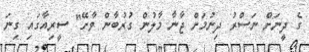
ގެ ދީނަށް ނަސްރު ދިނުމަށް ޖާނާ މާލުން ގުރުބާން ވާށޭ" ސީރިއާގައި ގިނަ